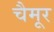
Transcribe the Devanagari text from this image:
चैमूर